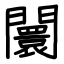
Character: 闤